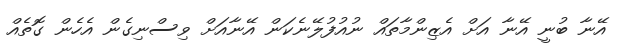
އޭނާ ބުނީ އޭނާ އަށް އެޒިންމާތައް ނުއުފުލޭނެކަން އޭނާއަށް ވިސްނިގެން އެހެން ގޮތެއް